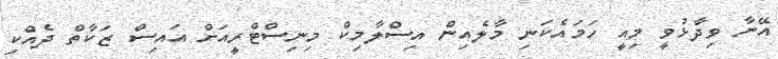
އޭނާ ވިދާޅުވީ މިއީ ހަމައެކަނި މާލެއިން އިސްލާމިކް މިނިސްޓްރީއަށް އައިސް ޒަކާތް ދެއްކި